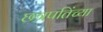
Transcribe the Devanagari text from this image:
छत्रपतिंच्या